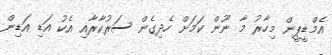
އެމްޑީޕީން މިހާރު މާ ނޫން ކަމަށް ހެދިގެން ސަރުކާރާއި އެކު އަޑި އަޑިން